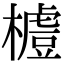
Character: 𣛼